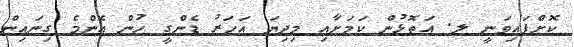
ކޮށްފައިވަނީ ލ. އަތޮޅުން ކަމަށާއި މިދިޔަ އަހަރު ޑެންގީ ހުން އެންމެ ގިނައިން